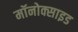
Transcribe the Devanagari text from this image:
मॉनोक्साइड